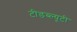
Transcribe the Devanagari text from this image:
टीडब्ल्यूटी